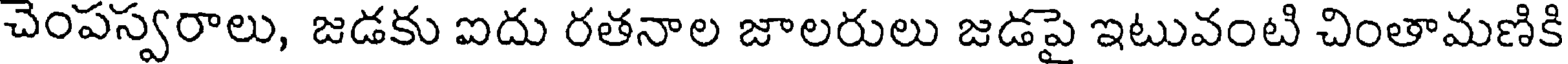
చెంపస్వరాలు, జడకు ఐదు రతనాల జాలరులు జడపై ఇటువంటి చింతామణికి